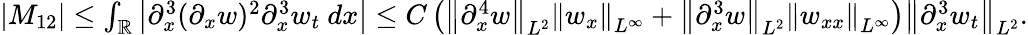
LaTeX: \begin{array}{r}{\left|M_{12}\right|\leq\int_{\mathbb R}\left|\partial_{x}^{3}(\partial_{x}w)^{2}\partial_{x}^{3}w_{t}\ dx\right|\leq C\left(\left\| \partial_{x}^{4}w\right\| _{L^{2}}\left\| w_{x}\right\| _{L^{\infty}}+\left\| \partial_{x}^{3}w\right\| _{L^{2}}\left\| w_{xx}\right\| _{L^{\infty}}\right)\left\| \partial_{x}^{3}w_{t}\right\| _{L^{2}}.}\end{array}